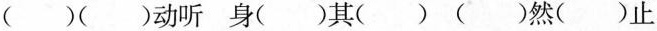
( )( )动听 身( )其( ) ( )然( )止